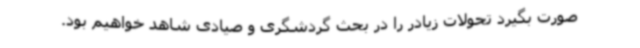
صورت بگیرد تحولات زیادر را در بحث گردشگری و صیادی شاهد خواهیم بود.